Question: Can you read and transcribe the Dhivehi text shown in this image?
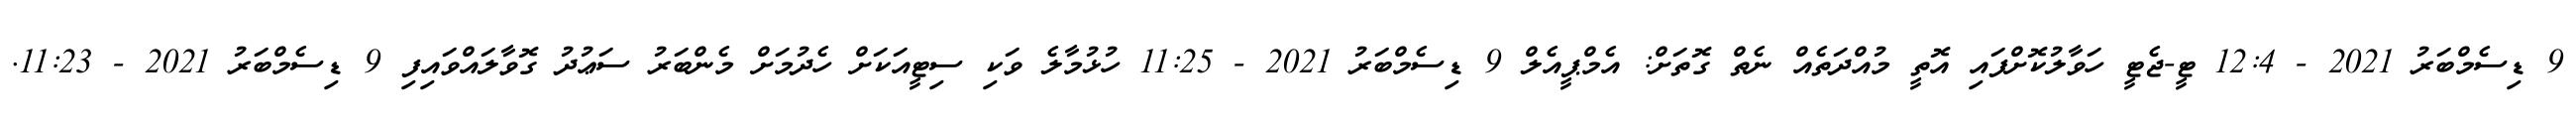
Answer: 9 ޑިސެމްބަރު 2021 - 12:4 ޓީ-ޖެޓީ ހަވާލުކޮށްފައި އޮތީ މުއްދަތެއް ނެތް ގޮތަށް: އެމްޕީއެލް 9 ޑިސެމްބަރު 2021 - 11:25 ހުޅުމާލެ ވަކި ސިޓީއަކަށް ހެދުމަށް މެންބަރު ސަޢުދު ގޮވާލައްވައިފި 9 ޑިސެމްބަރު 2021 - 11:23.